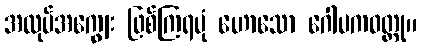
အလုပ်အကျွေး ဖြစ်ကြရပုံ ဟောသော ဂေါပကဝတ္ထု။